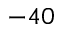
- 4 0